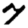
Digit: 7